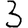
Digit: 3